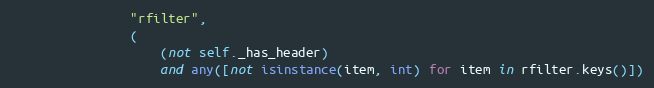
Language: Python
                "rfilter",
                (
                    (not self._has_header)
                    and any([not isinstance(item, int) for item in rfilter.keys()])